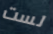
لست